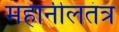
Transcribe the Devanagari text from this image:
महानीलतंत्र